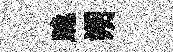
跪朔